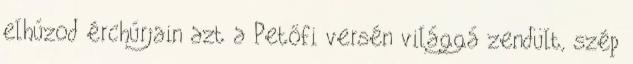
elhúzod érchúrjain azt a Petőfi versén világgá zendült, szép